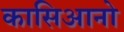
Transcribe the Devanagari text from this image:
कासिआनो